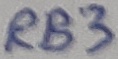
Text: RB3